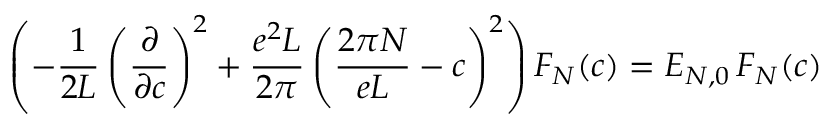
\left( - \frac { 1 } { 2 L } \left( \frac { \partial } { \partial c } \right) ^ { 2 } + \frac { e ^ { 2 } L } { 2 \pi } \left( \frac { 2 \pi N } { e L } - c \right) ^ { 2 } \right) F _ { N } ( c ) = { \cal E } _ { N , 0 } \, F _ { N } ( c )